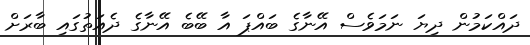
ދައްކަމުން ދިޔަ ނަމަވެސް އޭނާގެ ބައްޕަ އާ ބޭބެ އޭނާގެ ދެއަތުގައި ބާރަށް